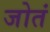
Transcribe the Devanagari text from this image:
जोतं